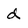
Character: d